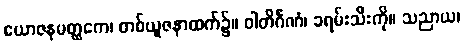
ယောဇနမတ္ထကေ၊ တစ်ယူဇနာထက်၌။ ဝါတိင်္ဂဏံ၊ ခရမ်းသီးကို။ သညာယ၊